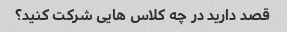
قصد دارید در چه کلاس هایی شرکت کنید؟